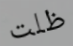
ظلت